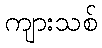
ကျားသစ်